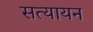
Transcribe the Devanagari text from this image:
सत्यायन